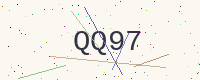
Text: QQ97